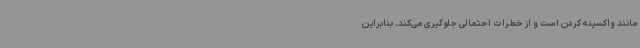
مانند واکسینه کردن است و از خطرات احتمالی جلوگیری می‌کند. بنابراین